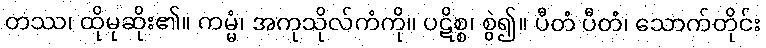
တဿ၊ ထိုမုဆိုး၏။ ကမ္မံ၊ အကုသိုလ်ကံကို။ ပဋိစ္စ၊ စွဲ၍။ ပီတံ ပီတံ၊ သောက်တိုင်း